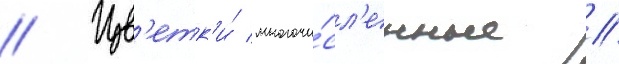
// Цв'етк'и́ многочи́сл'енные /